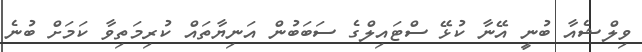
ވިލްޝެއާ ބުނީ އޭނާ ކުޅޭ ސްޓައިލްގެ ސަބަބުން އަނިޔާތައް ކުރިމަތިވާ ކަމަށް ބުނެ